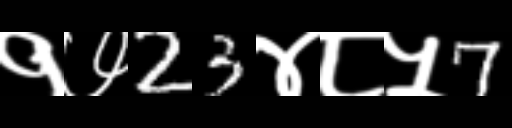
Text: १७23४८५7